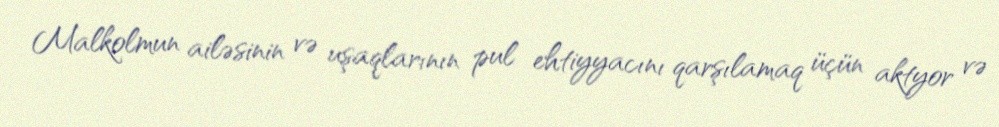
Malkolmun ailəsinin və uşaqlarının pul ehtiyyacını qarşılamaq üçün aktyor və